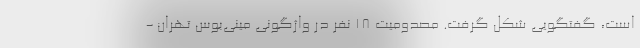
است، گفتگویی شکل گرفت. مصدومیت ۱۸ نفر در واژگونی مینی‌بوس تهران -